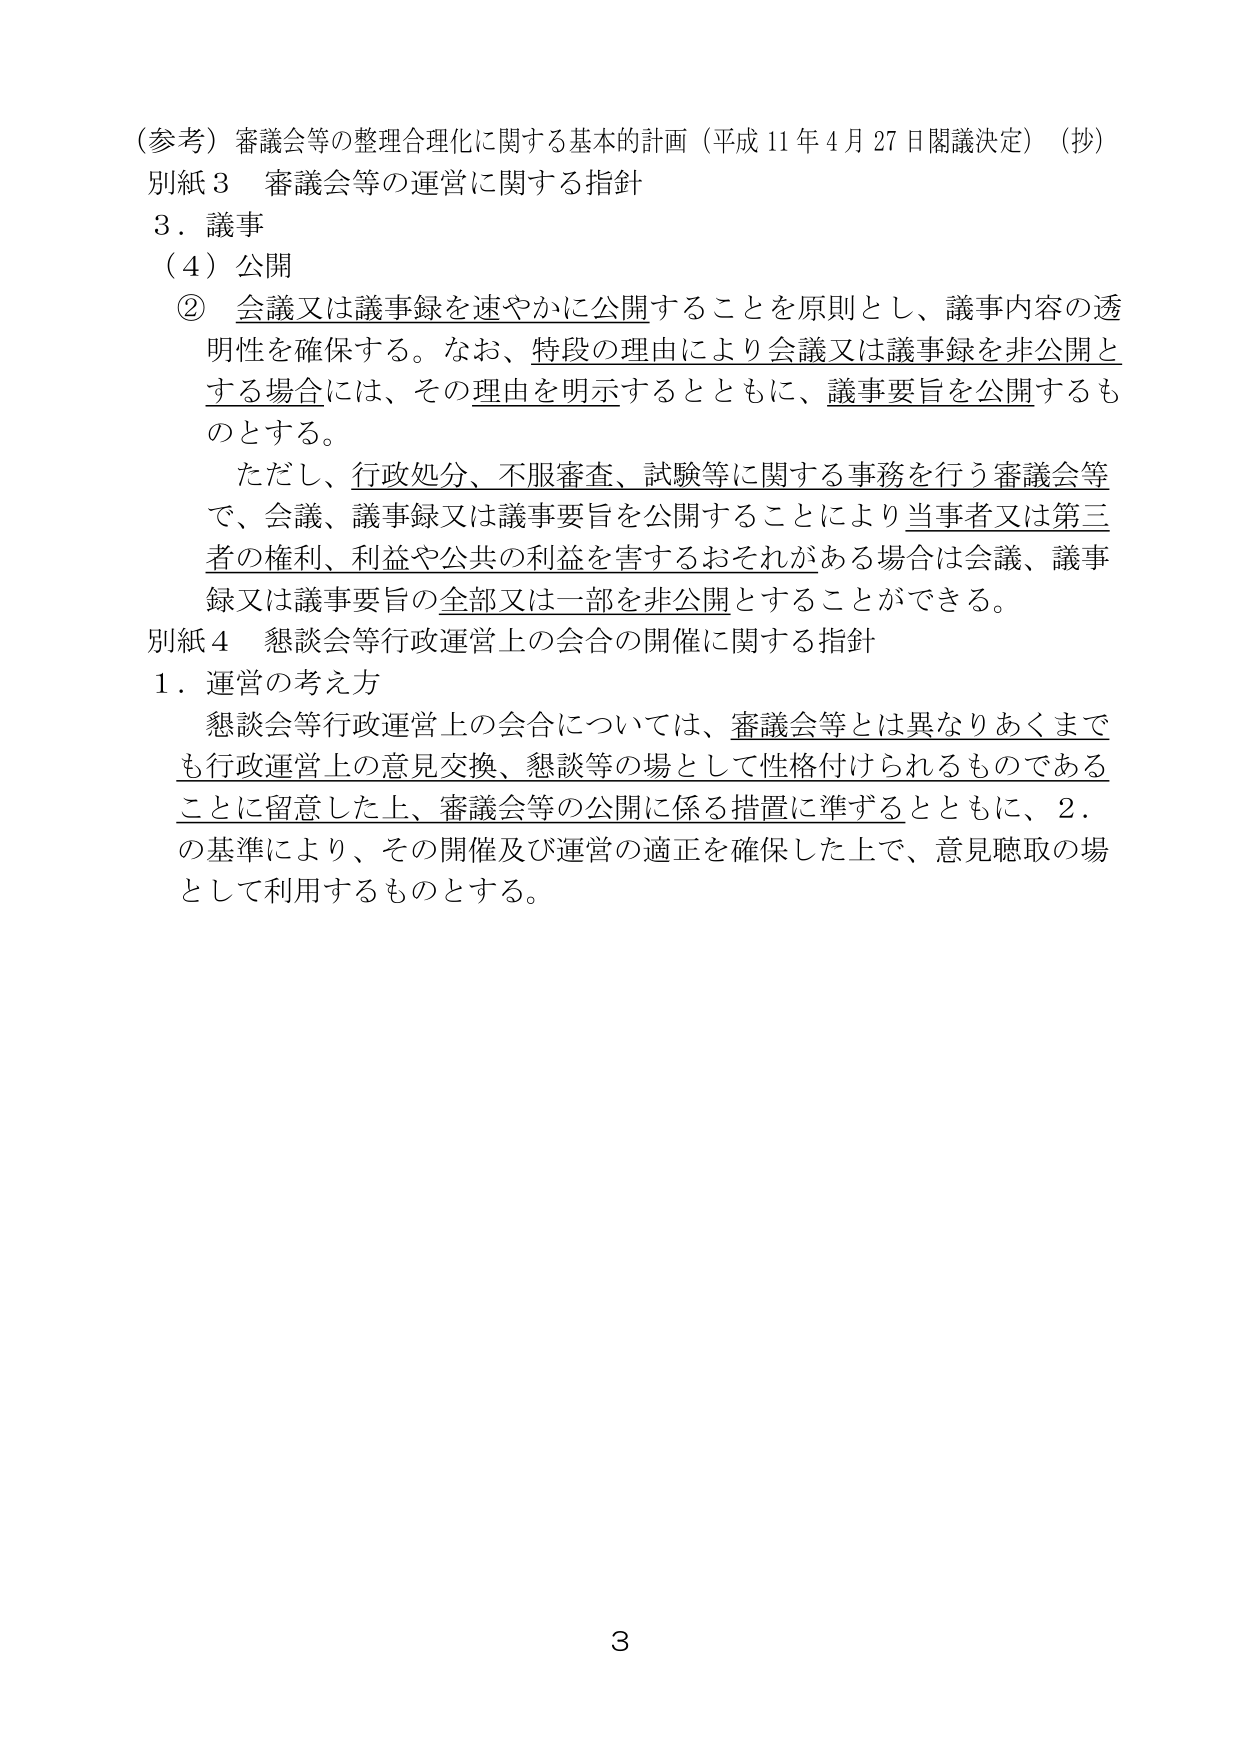
（参考）審議会等の整理合理化に関する基本的計画（平成11年4月27日閣議決定）（抄）
別紙3 審議会等の運営に関する指針
3．議事
（4）公開
② 会議又は議事録を速やかに公開することを原則とし、議事内容の透明性を確保する。なお、特段の理由により会議又は議事録を非公開とする場合には、その理由を明示するとともに、議事要旨を公開するものとする。
ただし、行政処分、不服審査、試験等に関する事務を行う審議会等で、会議、議事録又は議事要旨を公開することにより当事者又は第三者の権利、利益や公共の利益を害するおそれがある場合は会議、議事録又は議事要旨の全部又は一部を非公開とすることができる。
別紙4 懇談会等行政運営上の会合の開催に関する指針
1．運営の考え方
懇談会等行政運営上の会合については、審議会等とは異なりあくまでも行政運営上の意見交換、懇談等の場として性格付けられるものであること留意した上、審議会等の公開に係る措置に準ずるとともに、2．の基準により、その開催及び運営の適正を確保した上で、意見聴取の場として利用するものとする。
3